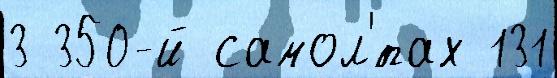
3 350-й самол'́тах 131